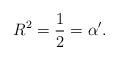
LaTeX: \begin{align*}R^2 = \frac{1}{2} = \alpha^\prime .\end{align*}